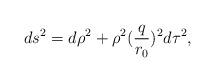
LaTeX: \begin{align*}ds^2 = d\rho^2 + \rho^2 (\frac{q}{r_{0}})^2 d\tau^2,\end{align*}